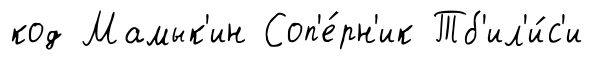
код Мамык'ин Соп'е́рн'ик Тб'ил'и́с'и